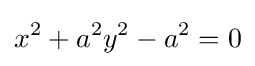
x^{2}+a^{2}y^{2}-a^{2}=0